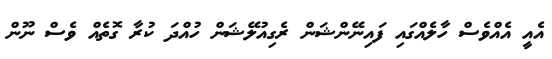
އެއީ އެއްވެސް ހާލެއްގައި ފައިނޭންޝަން ރެގިއުލޭޝަން ހުއްދަ ކުރާ ގޮތެއް ވެސް ނޫން